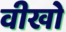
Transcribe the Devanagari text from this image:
वीखो